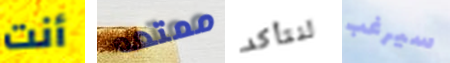
أنت ممتعه لنتأكد سيرغب